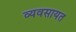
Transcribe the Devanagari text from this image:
व्यवसायत